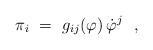
LaTeX: \begin{align*}\pi_i~=~g_{ij}(\varphi) \, \dot{\varphi}^j~~, \end{align*}